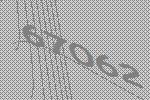
67062